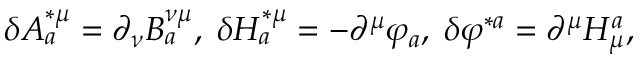
\delta A _ { a } ^ { * \mu } = \partial _ { \nu } B _ { a } ^ { \nu \mu } , \; \delta H _ { a } ^ { * \mu } = - \partial ^ { \mu } \varphi _ { a } , \; \delta \varphi ^ { * a } = \partial ^ { \mu } H _ { \mu } ^ { a } ,